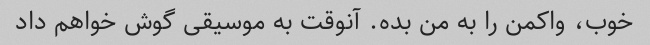
خوب، واکمن را به من بده. آنوقت به موسیقی گوش خواهم داد